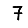
Digit: 7